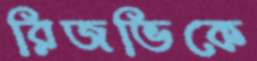
রিজভিকে